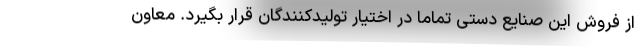
از فروش این صنایع دستی تماماً در اختیار تولیدکنندگان قرار بگیرد. معاون